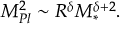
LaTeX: M _ { P l } ^ { 2 } \sim R ^ { \delta } M _ { \ast } ^ { \delta + 2 } .